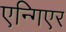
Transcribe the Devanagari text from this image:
एन्गिएर